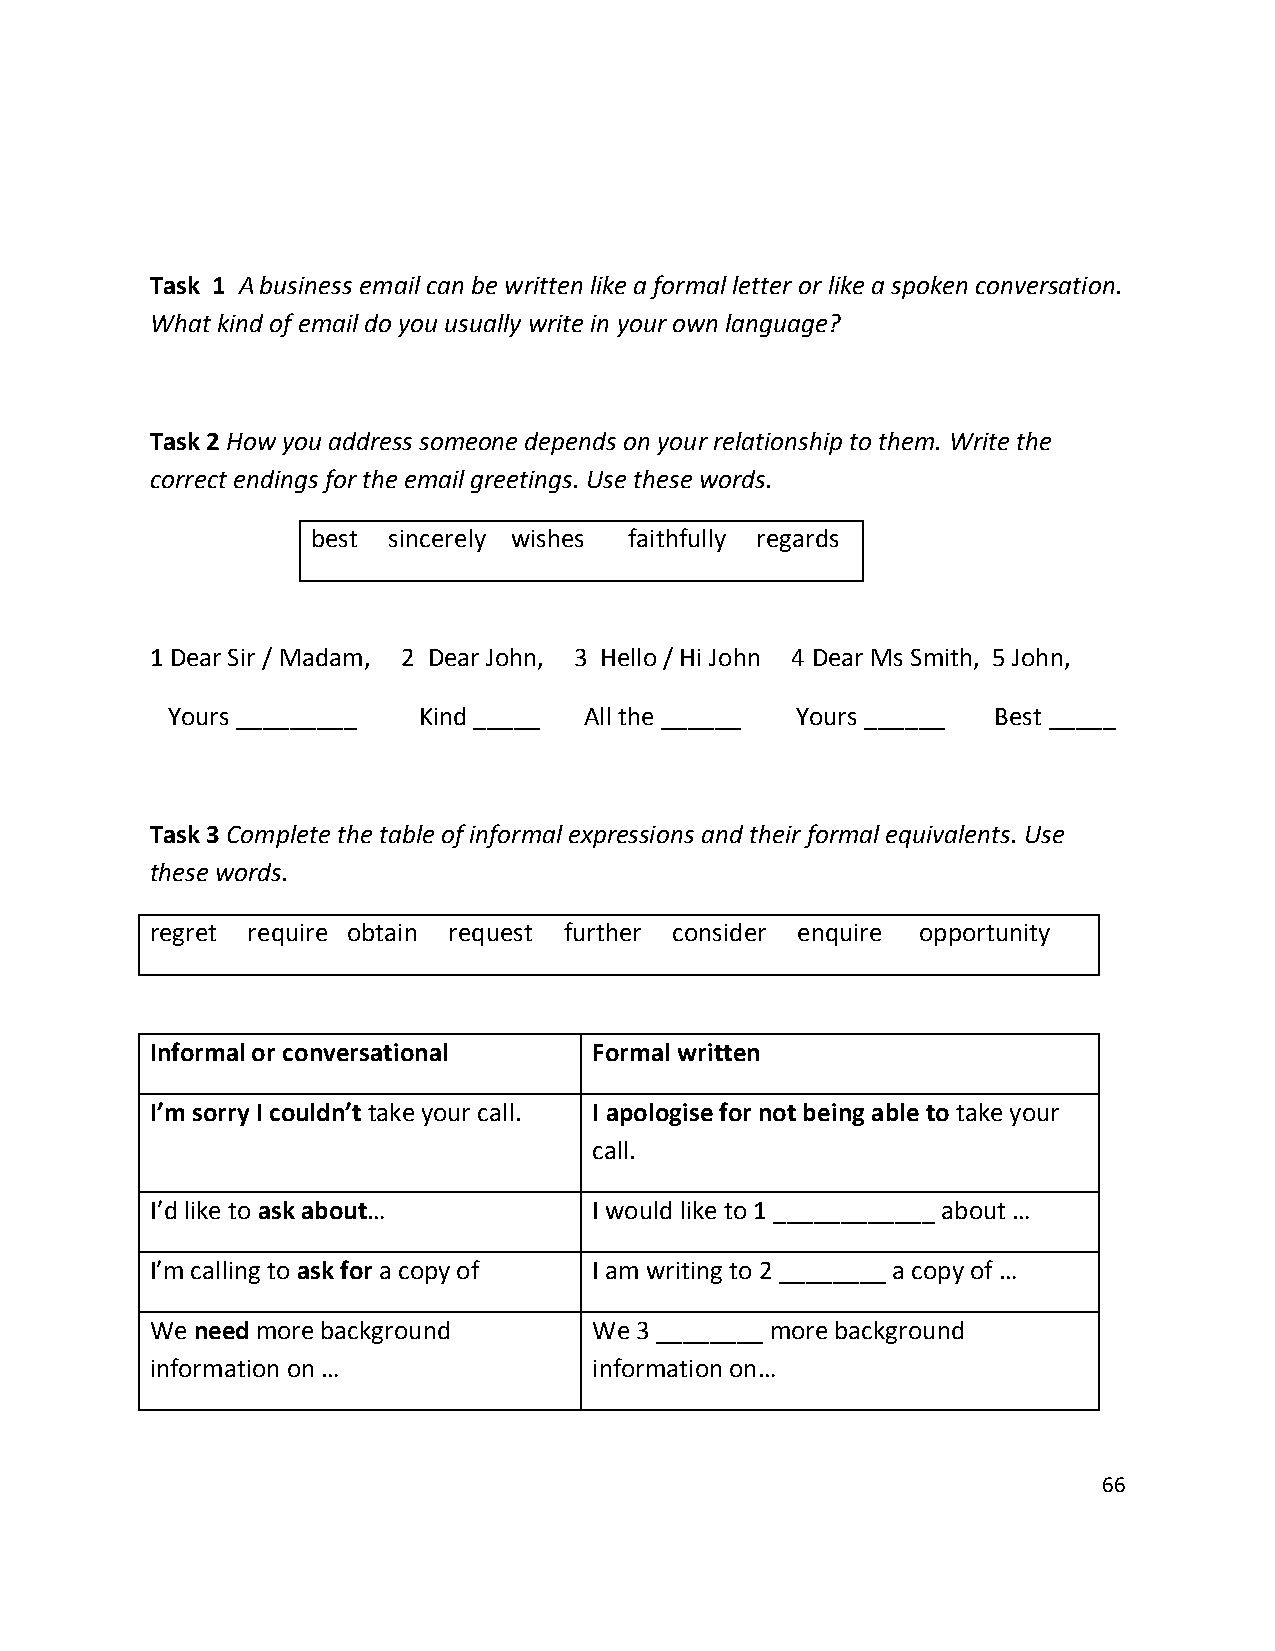
Task 1 A business email can be written like a formal letter or like a spoken conversation.
 What kind of email do you usually write in your own language?
 Task 2 How you address someone depends on your relationship to them. Write the
 correct endings for the email greetings. Use these words.
 best sincerely wishes faithfully regards
 1 Dear Sir / Madam, 2 Dear John, 3 Hello / Hi John 4 Dear Ms Smith, 5 John,
 Yours _________  Kind _____ All the ______ Yours ______ Best _____
 Task 3 Complete the table of informal expressions and their formal equivalents. Use
 these words.
 regret require obtain request further consider enquire opportunity
 Informal or conversational   Formal written
 I’m sorry I couldn’t take your call. I apologise for not being able to take your
 call.
 I’d like to ask about…       I would like to 1 ____________ about …
 I’m calling to ask for a copy of I am writing to 2 ________ a copy of …
 We need more background      We 3 ________ more background
 information on …             information on…
 66